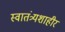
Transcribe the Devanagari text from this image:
स्वातंत्र्यशाहीर